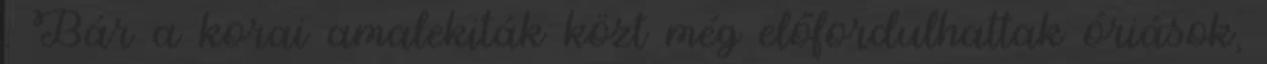
. Bár a korai amalekiták közt még előfordulhattak óriások,